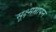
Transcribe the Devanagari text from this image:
सूक्ष्ममापन